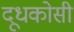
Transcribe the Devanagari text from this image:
दूधकोसी